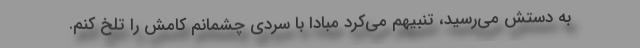
به دستش می‌رسید، تنبیهم می‌کرد مبادا با سردی چشمانم کامش را تلخ کنم.